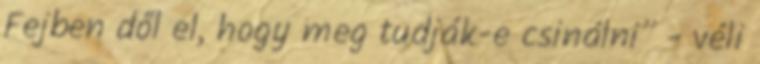
Fejben dől el, hogy meg tudják-e csinálni” - véli